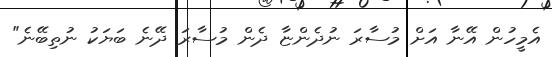
އެމީހުން އޭނާ އަށް މުސާރަ ނުދެންޏާ ދެން މުސާރަ ދޭނެ ބަޔަކު ނުތިބޭނެ"